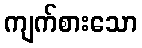
ကျက်စားသော